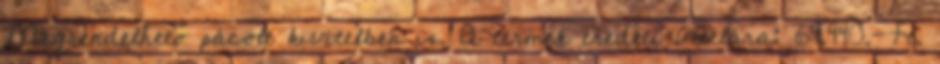
Megrendelhető pácolt kivitelben is. A termék eredeti vételára: 64.440.-Ft.